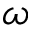
\omega